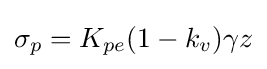
{\textstyle \sigma _{p}=K_{pe}(1-k_{v})\gamma z}